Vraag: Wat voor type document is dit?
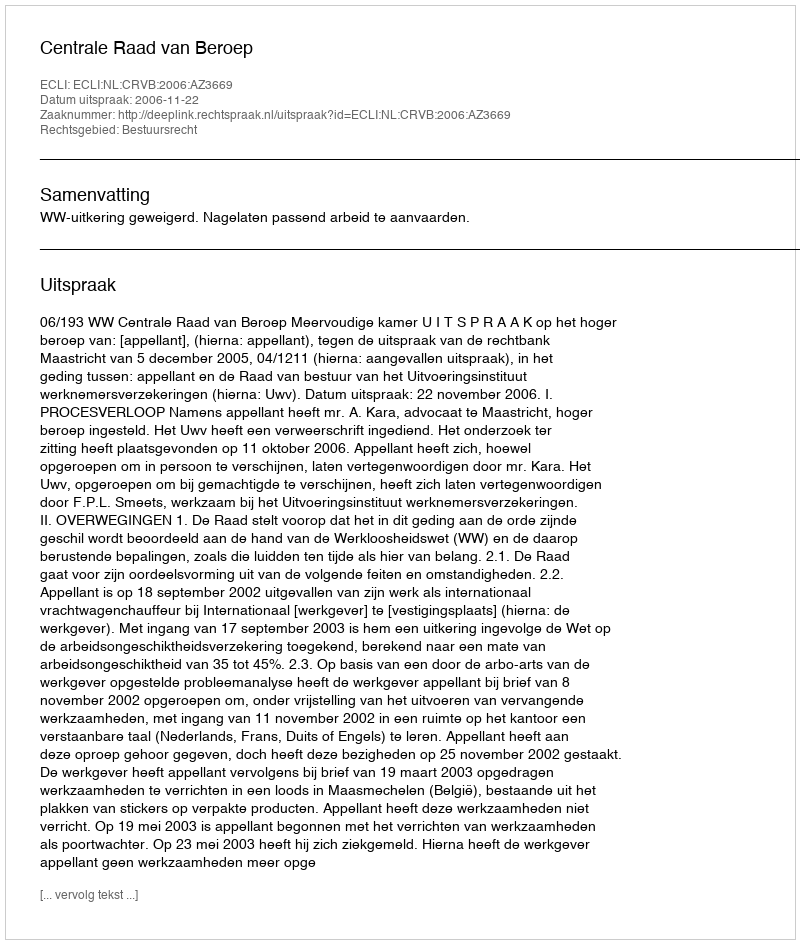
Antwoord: Uitspraak